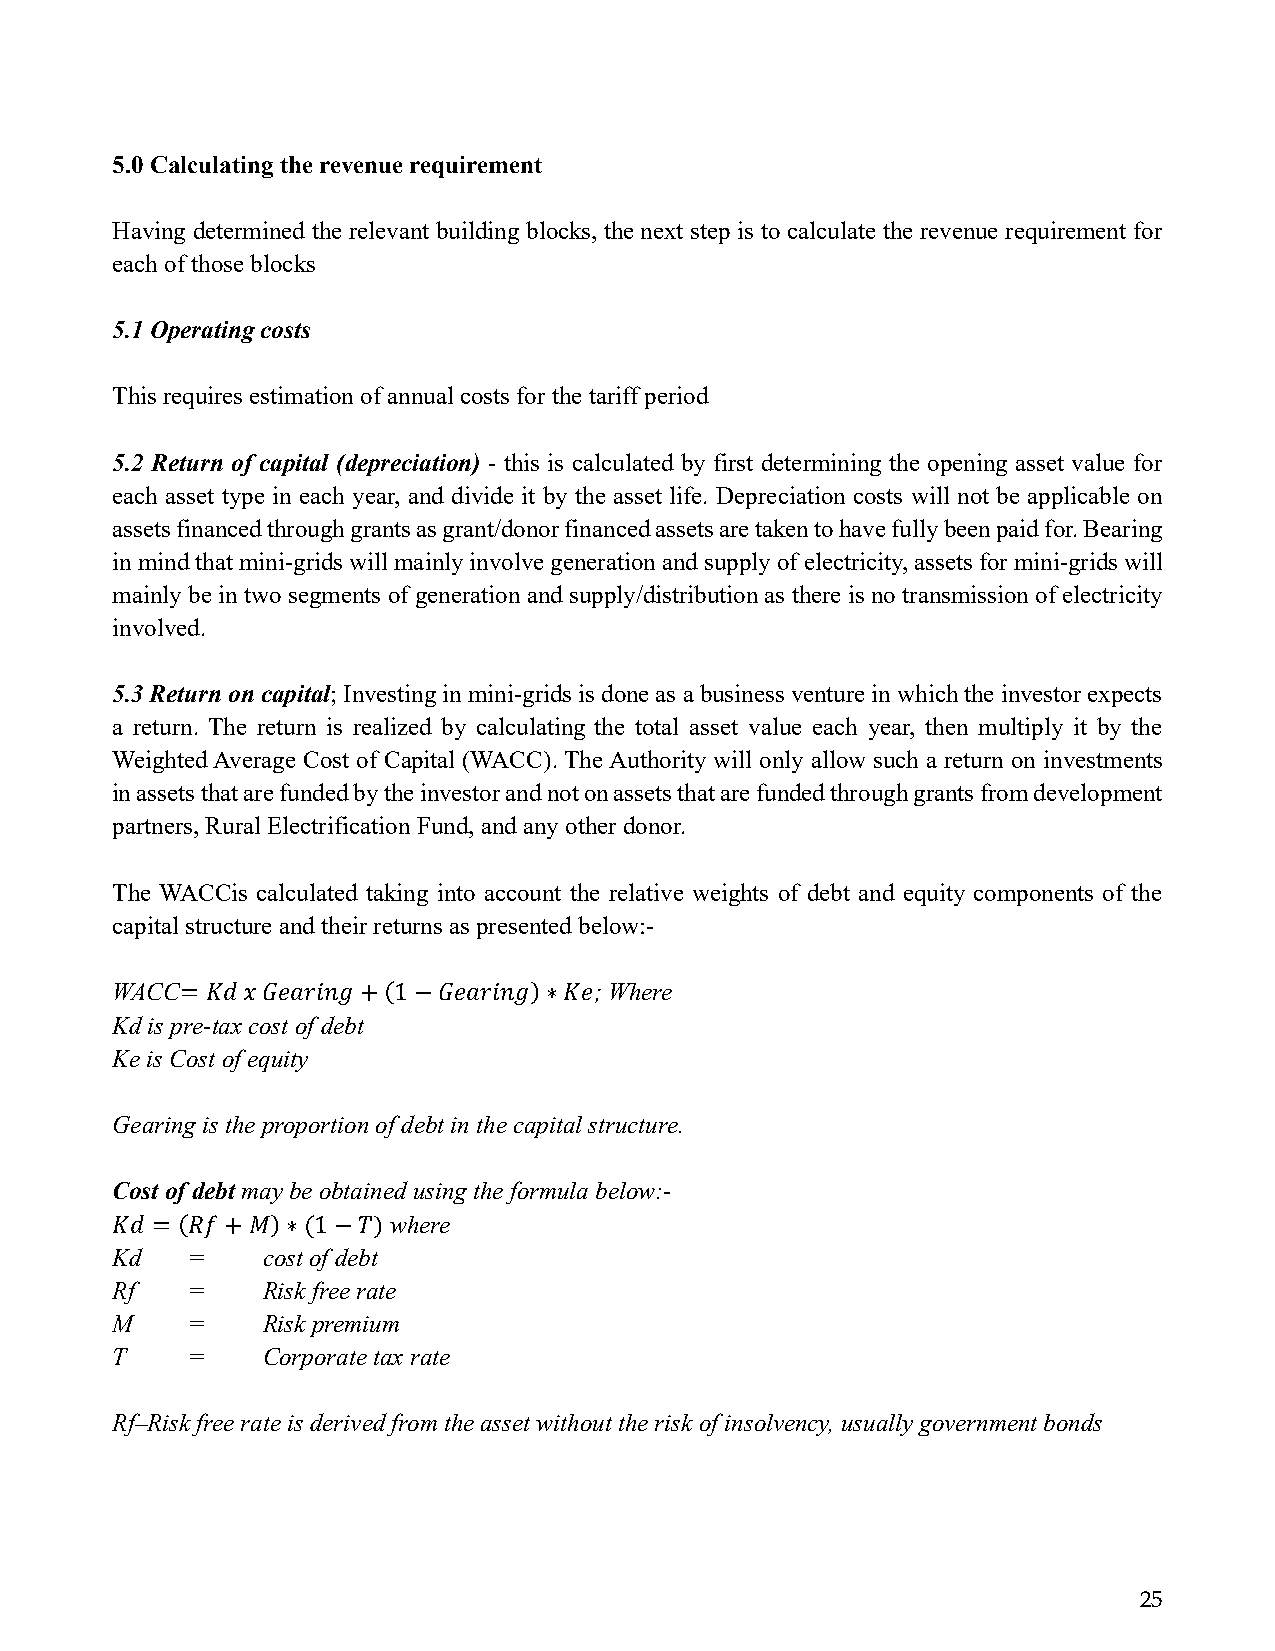
5.0 Calculating the revenue requirement
 Having determined the relevant building blocks, the next step is to calculate the revenue requirement for
 each of those blocks
 5.1 Operating costs
 This requires estimation of annual costs for the tariff period
 5.2 Return of capital (depreciation) - this is calculated by first determining the opening asset value for
 each asset type in each year, and divide it by the asset life. Depreciation costs will not be applicable on
 assets financed through grants as grant/donor financed assets are taken to have fully been paid for. Bearing
 in mind that mini-grids will mainly involve generation and supply of electricity, assets for mini-grids will
 mainly be in two segments of generation and supply/distribution as there is no transmission of electricity
 involved.
 5.3 Return on capital; Investing in mini-grids is done as a business venture in which the investor expects
 a return. The return is realized by calculating the total asset value each year, then multiply it by the
 Weighted Average Cost of Capital (WACC). The Authority will only allow such a return on investments
 in assets that are funded by the investor and not on assets that are funded through grants from development
 partners, Rural Electrification Fund, and any other donor.
 The WACCis calculated taking into account the relative weights of debt and equity components of the
 capital structure and their returns as presented below:-
 WACC=  𝐾𝑑 𝑥 𝐺𝑒𝑎𝑟𝑖𝑛𝑔+(1−𝐺𝑒𝑎𝑟𝑖𝑛𝑔)∗𝐾𝑒; Where
 Kd is pre-tax cost of debt
 Ke is Cost of equity
 Gearing is the proportion of debt in the capital structure.
 Cost of debt may be obtained using the formula below:-
 𝐾𝑑 = (𝑅𝑓+𝑀)∗(1−𝑇)  where
 Kd   =    cost of debt
 Rf   =    Risk free rate
 M    =    Risk premium
 T    =    Corporate tax rate
 Rf–Risk free rate is derived from the asset without the risk of insolvency, usually government bonds
 25